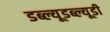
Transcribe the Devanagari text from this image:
डब्ल्यूडब्ल्यूडी